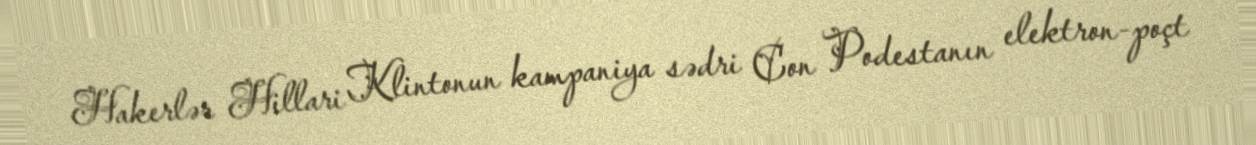
Hakerlər Hillari Klintonun kampaniya sədri Con Podestanın elektron-poçt